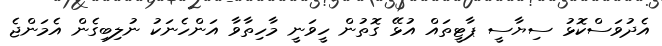
އެދުވަސްކޮޅު ސިޔާސީ ޕާޓީތައް އުޅޭ ގޮތުން ހީވަނީ މާހިތާވާ އަންހެނަކު ނުލިބިގެން އެމަންޖެ